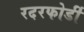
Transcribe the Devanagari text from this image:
रदरफोर्डी